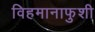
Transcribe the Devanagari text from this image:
विहमानाफुशी